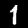
Digit: 1